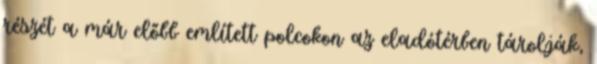
részét a már előbb említett polcokon az eladótérben tárolják,